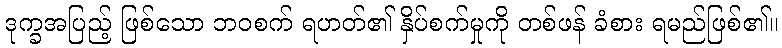
ဒုက္ခအပြည့် ဖြစ်သော ဘဝစက် ရဟတ်၏ နှိပ်စက်မှုကို တစ်ဖန် ခံစား ရမည်ဖြစ်၏။